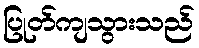
ပြုတ်ကျသွားသည်